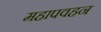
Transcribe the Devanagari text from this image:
महापवहन